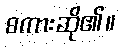
စကားဆို၏။